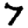
Digit: 7